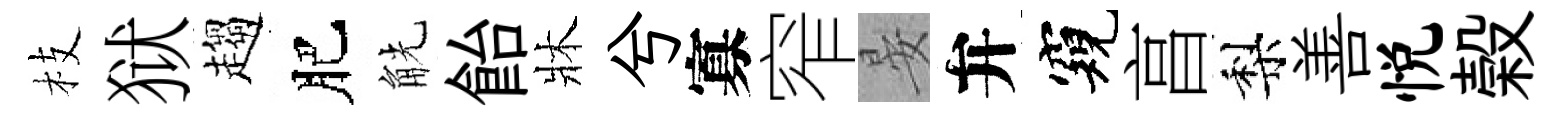
枝狱趨肥觥飴牀兮寡窄晏弁窺亯梨善悦榖